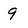
Character: 9